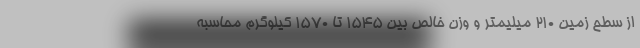
از سطح زمین 210 میلیمتر و وزن خالص بین 1545 تا 1570 کیلوگرم محاسبه